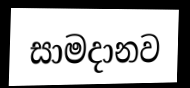
සාමදානව